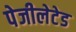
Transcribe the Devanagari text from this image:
पेजीलेटेड